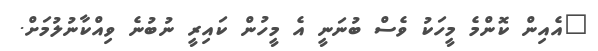
"އެއިން ކޮންމެ މީހަކު ވެސް ބުނަނީ އެ މީހުން ކައިރީ ނުބުނެ ވިއްކާނުލުމަށް.